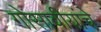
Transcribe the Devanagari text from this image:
गोसावीयांचे